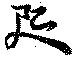
咫